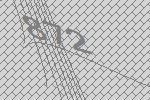
872